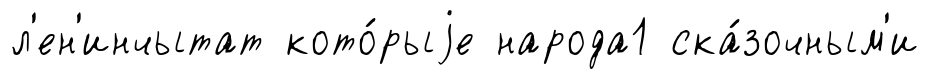
л'ен'инчытат кото́рыjе народа1 ска́зочным'и